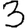
Digit: 3